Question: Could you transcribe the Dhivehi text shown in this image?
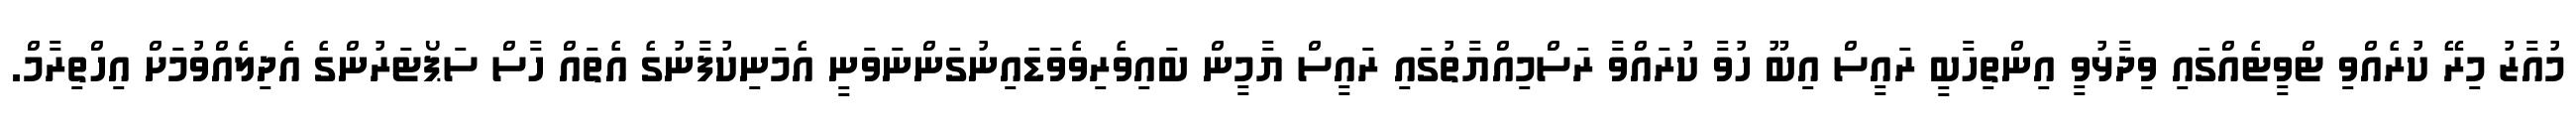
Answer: މުއާޒު މިރޭ ކުރެއްވި ޓްވީޓެއްގައި ވިދާޅުވީ އިންތިހާބީ ރައީސް އިބޫ ހުވާ ކުރައްވާ ރަސްމިއްޔާތުގައި ރައީސް ޔާމީން ބައިވެރިވެވަޑައިނުގަންނަވަނީ އެމަނިކުފާނުގެ އެތައް ހާސް ސަޕޯޓަރުންގެ އެދިލެއްވުމަށް އިހްތިރާމް.